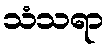
သံသရာ